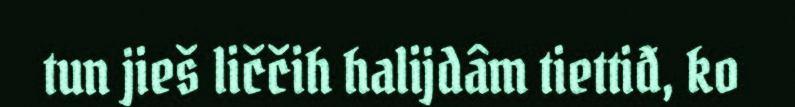
tun jieš liččih halijdâm tiettiđ, ko